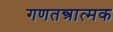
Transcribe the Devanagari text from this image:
गणतन्त्रात्मक